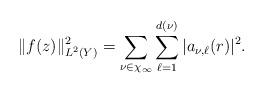
LaTeX: \begin{align*}\|f(z)\|^2_{L^2(Y)}=\sum_{\nu\in\chi_\infty}\sum_{\ell=1}^{d(\nu)}|a_{\nu,\ell}(r)|^2.\end{align*}